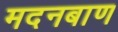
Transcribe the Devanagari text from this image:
मदनबाण